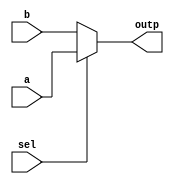
module MUX2To1(a,b,sel,outp);
input a,b,sel;
output outp;
assign outp=sel?a:b;
endmodule